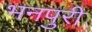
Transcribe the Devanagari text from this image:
भनपुरी